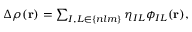
\begin{array} { r } { \Delta \rho ( { \bf r } ) = \sum _ { I , L \in \{ n l m \} } \eta _ { I L } \phi _ { I L } ( { \bf r } ) , } \end{array}